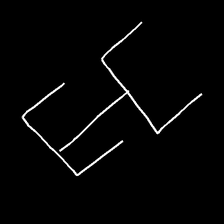
Glyph: entwine